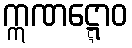
ဣဏဋ္ဋောဝ